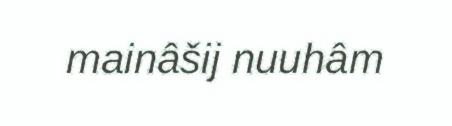
mainâšij nuuhâm